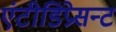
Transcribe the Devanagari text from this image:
एंटीडिप्रेसन्ट